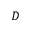
D